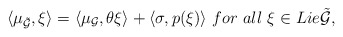
\begin{align*}\langle\mu_{\tilde{\mathcal{G}}},\xi\rangle=\langle\mu_{\mathcal{G}},\theta\xi\rangle+\langle\sigma,p(\xi)\rangle \ for \ all \ \xi \in Lie\tilde{\mathcal{G}},\end{align*}